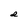
Character: d